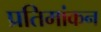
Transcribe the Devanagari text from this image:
प्रतिमांकन